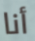
أنا